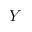
Y